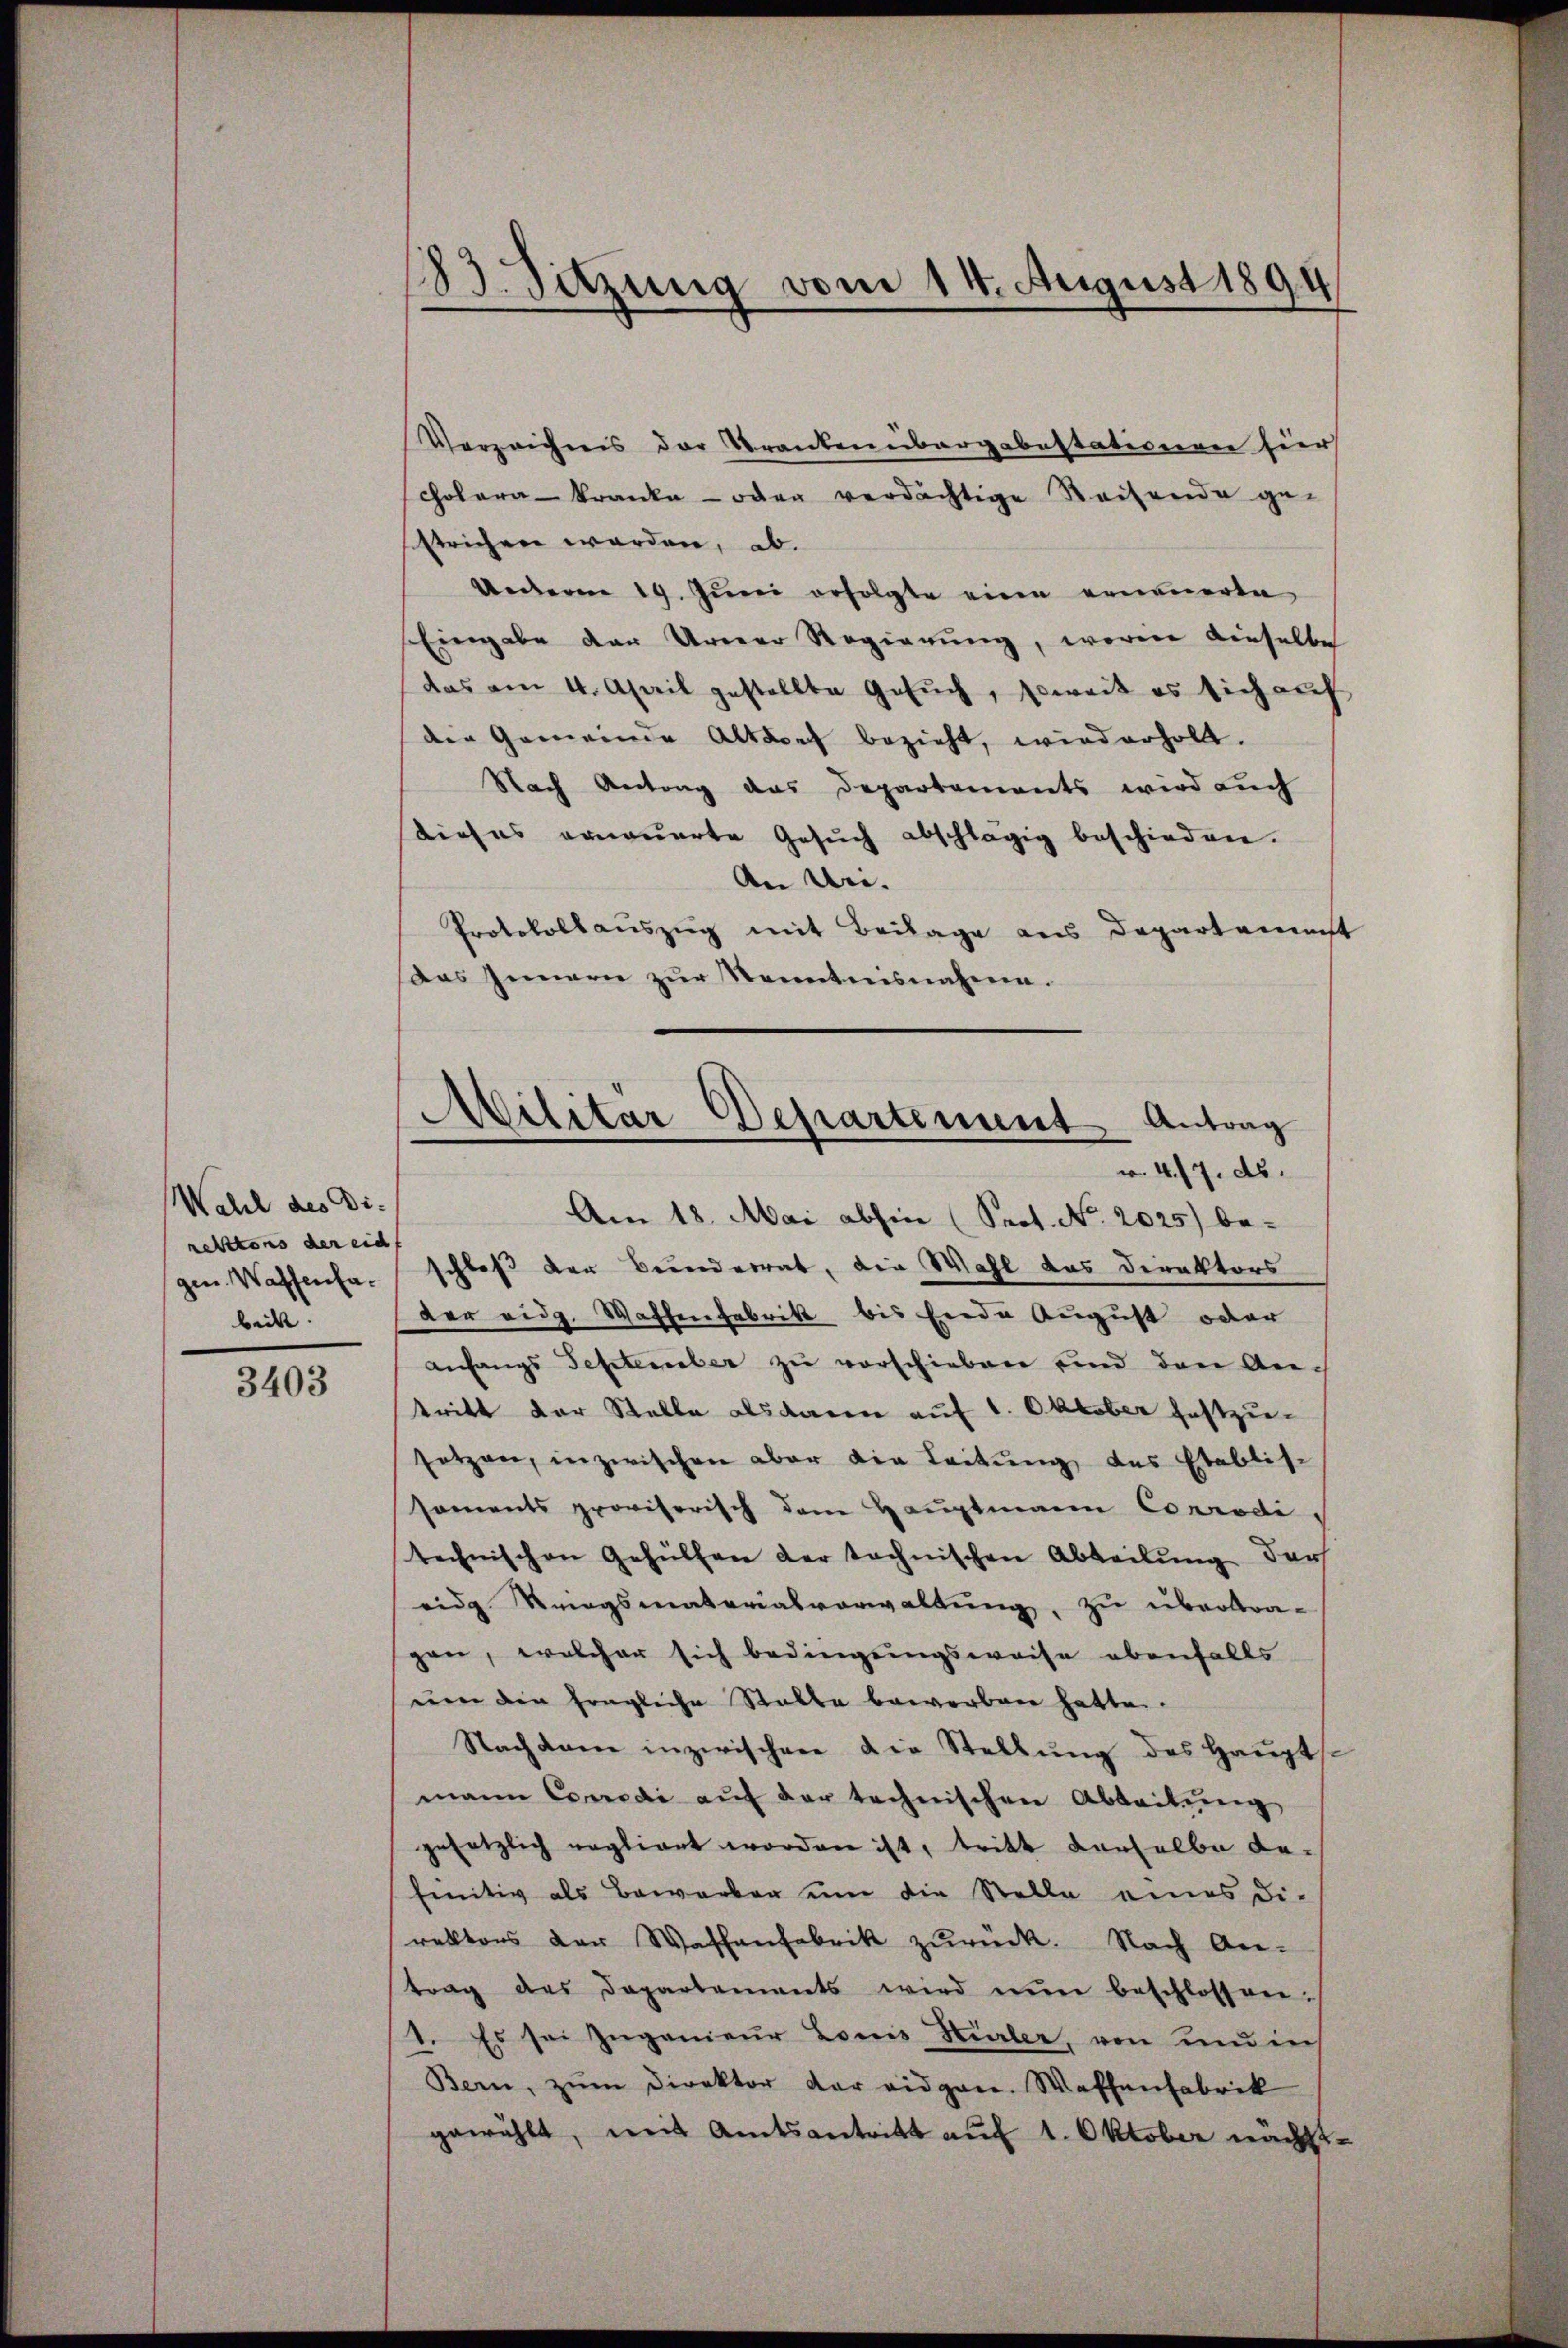
Wahl des Direktions der eid
beikt.

3403

183. Sitzung vom 14. August 1894
2

Verzeichnis der Kranken übergabestationen hier
cholara - kranke - oder verdächtige Reisende ge-
sstrichen werden, ab.
Ueberne 19. Juni erfolgte eine erneuerte
Eingabe der Urner Regierung, worin dieselbe
(das am 4. April gestellte Gesŭch, soweit es sich auf
die Gemeinde Altdorf bezieht, wiederholt.
Nach Antrag das Departements wird auch
dieses ernauerte Gesŭch abschlägig beschieden.
An Uri.
Protokollauszug mit Beilage aus Departement
das Innern zur Kenntnisnahme.
r. 417. ds.
Am 18. Mai abhin (Seot. No. 2025) be-
gen Wassensa schloß der Bunderrat, die Wahl das Direktors
der eidg. Waffenfabrik bis Ende August oder
anfangs September zu verschieben und den Antritt der Stelle als daren auf 1. Oktober festzu-
setzen, inzwischen aber die Leitung des Etablis-
soments provisorisch dem Hauptmann Conraditechnischen Gehülfen der technischen Abteilŭng der
eidg Kriegsmaterialverwaltung, zu übertragen, welcher sich bedingungsweise ebenfalls
um die fragliche Stalle bewerben hatte.
Nachdem inzwischen die Stellŭng des Haŭptst
mann Corrodi aŭf der technischen Abteilŭng
gesetzlich regliget worden ist, tritt denselbe de-
finitiv als Bewerber um die Stelle eines Di-
rektors der Wassenfabrik zŭrück. Nach An-
trag des Departements wird nun beschlossen.
1. Es sei Zugenieur Louis Kirler, von min
Bern, zŭm Direktor der eidgen. Waffenfabrik
gewählt, mit Amtsantritt auf 1. Oktober nächst¬

Militar Departement Antrag